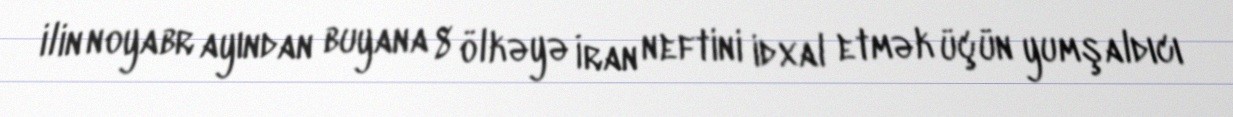
ilin noyabr ayından buyana 8 ölkəyə İran neftini idxal etmək üçün yumşaldıcı